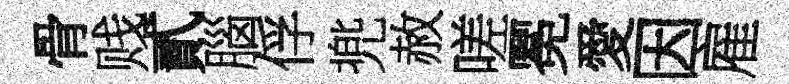
骨贱貳腦俘兠赦嗟冕愛因雇